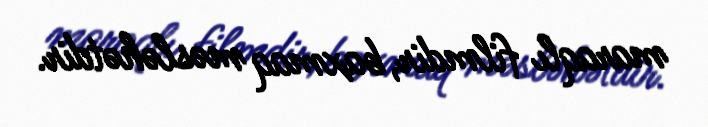
maraqlı filmdir, baxmaq məsləhətdir.